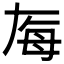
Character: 𬆶